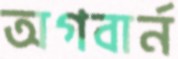
অগবার্ন